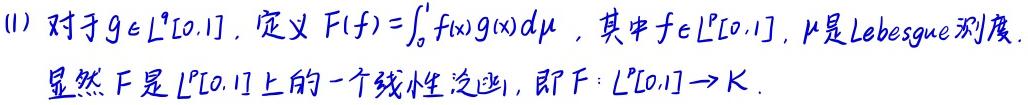
(1) 对于$g\in L^q[0,1]$，定义$F(f)=\int_{0}^{1}f(x)g(x)d\mu$，其中$f\in L^p[0,1]$，$\mu$是Lebesgue测度.

显然$F$是$L^p[0,1]$上的一个线性泛函，即$F:L^p[0,1]\to K$.